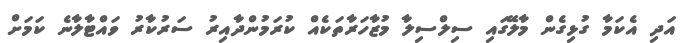
އަދި އެކަމާ ގުޅިގެން މާލޭގައި ސިލްސިލާ މުޒާހަރާތަކެއް ކުރަމުންދާއިރު ސަރުކާރު ވައްޓާލާނެ ކަމަށް